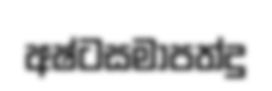
අෂ්ටසමාපත්දු